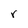
Character: r